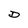
Character: D